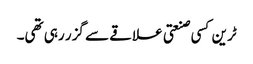
ٹرین کسی صنعتی علاقے سے گزر رہی تھی۔